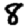
Digit: 8